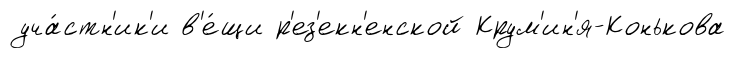
уча́стн'ик'и в'е́щи р'ез'екн'енской Крум'ин'я-Конькова